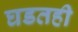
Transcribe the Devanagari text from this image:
घडतही